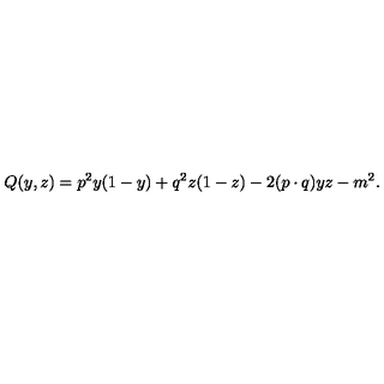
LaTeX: Q ( y , z ) = p ^ { 2 } y ( 1 - y ) + q ^ { 2 } z ( 1 - z ) - 2 ( p \cdot q ) y z - m ^ { 2 } .